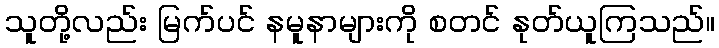
သူတို့လည်း မြက်ပင် နမူနာများကို စတင် နုတ်ယူကြသည်။